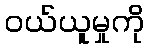
ဝယ်ယူမှုကို